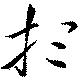
想